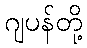
ဂျပန်တို့